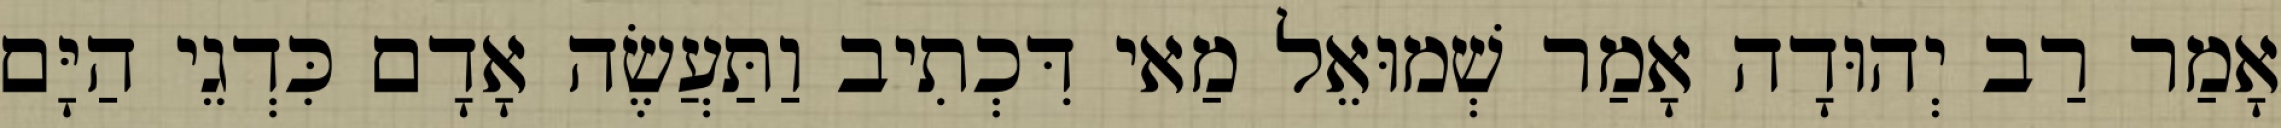
אָמַר רַב יְהוּדָה אָמַר שְׁמוּאֵל מַאי דִּכְתִיב וַתַּעֲשֶׂה אָדָם כִּדְגֵי הַיָּם